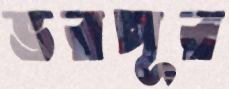
ভরপূর